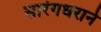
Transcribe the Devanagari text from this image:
सारंगधराने